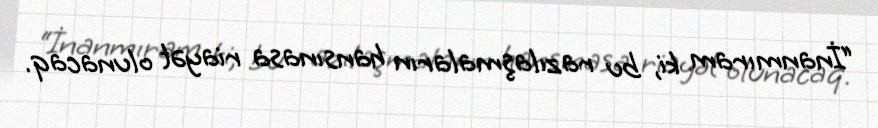
“İnanmıram ki, bu razılaşmaların hansınasa riayət olunacaq.